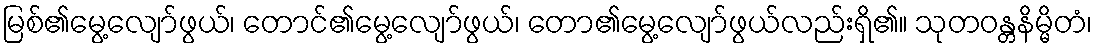
မြစ်၏မွေ့လျော်ဖွယ်၊ တောင်၏မွေ့လျော်ဖွယ်၊ တော၏မွေ့လျော်ဖွယ်လည်းရှိ၏။ သုတဝန္တနိမ္မိတံ၊